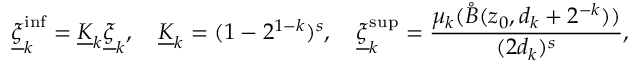
\underline { { \xi } } _ { k } ^ { \operatorname* { i n f } } = \underline { { K } } _ { k } \underline { { \xi } } _ { k } , \quad \underline { { K } } _ { k } = ( 1 - 2 ^ { 1 - k } ) ^ { s } , \quad \underline { { \xi } } _ { k } ^ { \operatorname* { s u p } } = \frac { \mu _ { k } ( \mathring { B } ( z _ { 0 } , d _ { k } + 2 ^ { - k } ) ) } { ( 2 d _ { k } ) ^ { s } } ,